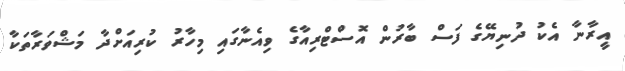
އީރާނާ އެކު ދުނިޔޭގެ ފަސް ބާރުން އޮސްޓްރިއާގެ ވިއެނާގައި މިހާރު ކުރިއަށްދާ މަޝްވަރާތަކާ